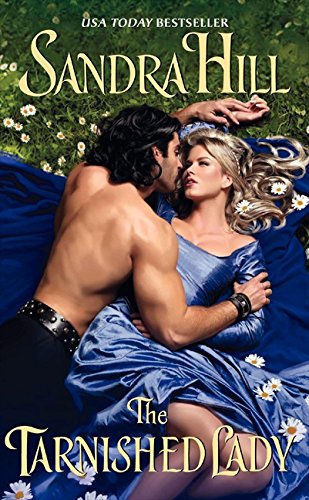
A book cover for The Tarnished Lady (Viking I); Sandra Hill; Romance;